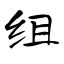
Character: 组